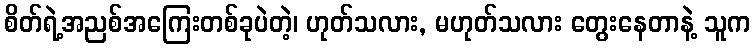
စိတ်ရဲ့အညစ်အကြေးတစ်ခုပဲတဲ့၊ ဟုတ်သလား, မဟုတ်သလား တွေးနေတာနဲ့ သူက